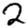
Digit: 2